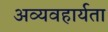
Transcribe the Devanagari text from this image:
अव्यवहार्यता